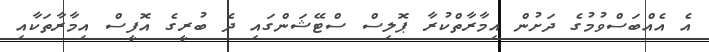
އެ އެއްބަސްވުމުގެ ދަށުން އިމާރާތްކުރާ ޕޮލިސް ސްޓޭޝަންގައި ދެ ބުރީގެ އޮފީސް އިމާރާތަކާއި